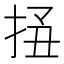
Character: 𢬟